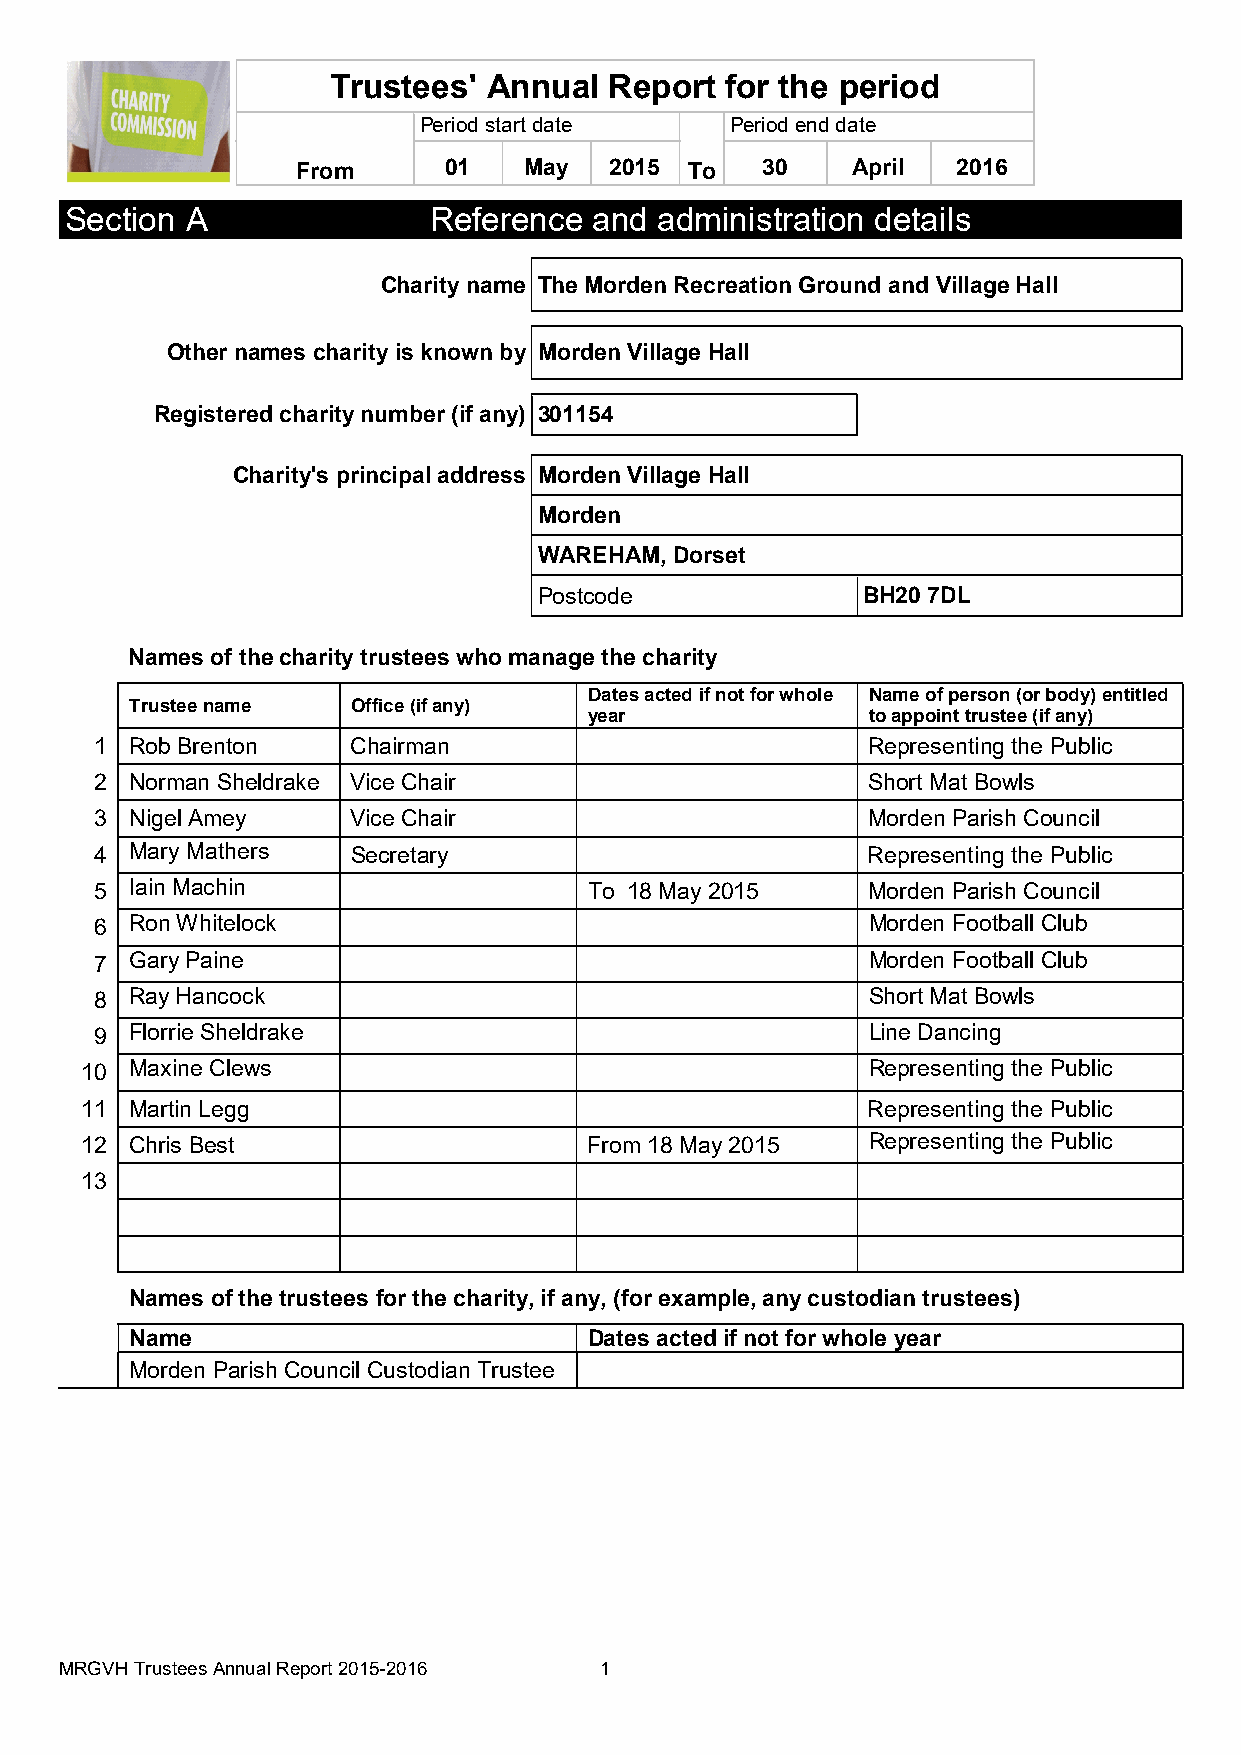
Trustees' Annual  Report  for the period
 Period start date   Period end date
 From     01    May  2015  To  30    April  2016
 Section A               Reference  and  administration details
 Charity name The Morden Recreation Ground and Village Hall
 Other names charity is known by Morden Village Hall
 Registered charity number (if any) 301154
 Charity's principal address Morden Village Hall
 Morden
 WAREHAM, Dorset
 Postcode             BH20 7DL
 Names of the charity trustees who manage the charity
 Dates acted if not for whole Name of person (or body) entitled
 Trustee name  Office (if any)
 year              to appoint trustee (if any)
 1  Rob Brenton   Chairman                          Representing the Public
 2  Norman Sheldrake Vice Chair                     Short Mat Bowls
 3  Nigel Amey    Vice Chair                        Morden Parish Council
 4  Mary Mathers  Secretary                         Representing the Public
 5  Iain Machin                   To 18 May 2015    Morden Parish Council
 6  Ron Whitelock                                   Morden Football Club
 7  Gary Paine                                      Morden Football Club
 8  Ray Hancock                                     Short Mat Bowls
 9  Florrie Sheldrake                               Line Dancing
 10  Maxine Clews                                    Representing the Public
 11  Martin Legg                                     Representing the Public
 12  Chris Best                    From 18 May 2015  Representing the Public
 13
 Names of the trustees for the charity, if any, (for example, any custodian trustees)
 Name                          Dates acted if not for whole year
 Morden Parish Council Custodian Trustee
 MRGVH Trustees Annual Report 2015-2016 1